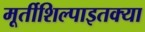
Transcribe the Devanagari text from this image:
मूर्तीशिल्पाइतक्या